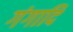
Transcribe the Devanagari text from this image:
गंगादि